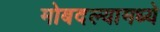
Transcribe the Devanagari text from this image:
मोबदल्यामध्ये